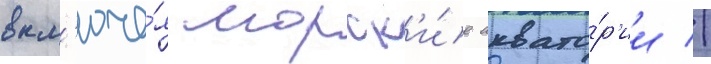
вкл'юча́я морск'и́е аквато́р'ии //